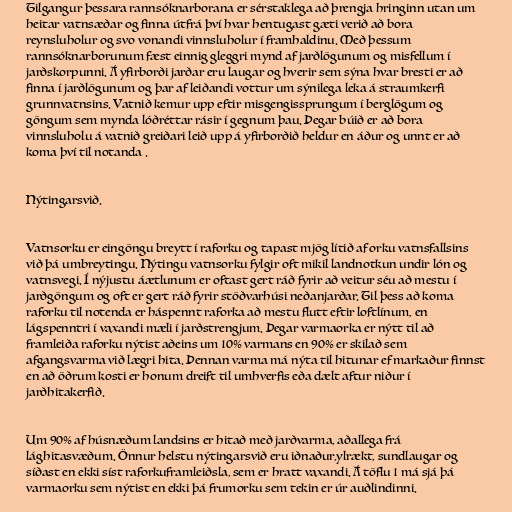
Tilgangur þessara rannsóknarborana er sérstaklega að þrengja hringinn utan um
heitar vatnsæðar og finna útfrá því hvar hentugast gæti verið að bora
reynsluholur og svo vonandi vinnsluholur í framhaldinu. Með þessum
rannsóknarborunum fæst einnig gleggri mynd af jarðlögunum og misfellum í
jarðskorpunni. Á yfirborði jarðar eru laugar og hverir sem sýna hvar bresti er að
finna í jarðlögunum og þar af leiðandi vottur um sýnilega leka á straumkerfi
grunnvatnsins. Vatnið kemur upp eftir misgengissprungum í berglögum og
göngum sem mynda lóðréttar rásir í gegnum þau. Þegar búið er að bora
vinnsluholu á vatnið greiðari leið upp á yfirborðið heldur en áður og unnt er að
koma því til notanda .

Nýtingarsvið.

Vatnsorku er eingöngu breytt í raforku og tapast mjög lítið af orku vatnsfallsins
við þá umbreytingu. Nýtingu vatnsorku fylgir oft mikil landnotkun undir lón og
vatnsvegi. Í nýjustu áætlunum er oftast gert ráð fyrir að veitur séu að mestu í
jarðgöngum og oft er gert ráð fyrir stöðvarhúsi neðanjarðar. Til þess að koma
raforku til notenda er háspennt raforka að mestu flutt eftir loftlínum, en
lágspenntri í vaxandi mæli í jarðstrengjum. Þegar varmaorka er nýtt til að
framleiða raforku nýtist aðeins um 10% varmans en 90% er skilað sem
afgangsvarma við lægri hita. Þennan varma má nýta til hitunar ef markaður finnst
en að öðrum kosti er honum dreift til umhverfis eða dælt aftur niður í
jarðhitakerfið.

Um 90% af húsnæðum landsins er hitað með jarðvarma, aðallega frá
lághitasvæðum. Önnur helstu nýtingarsvið eru iðnaður,ylrækt, sundlaugar og
síðast en ekki síst raforkuframleiðsla, sem er hratt vaxandi. Á töflu 1 má sjá þá
varmaorku sem nýtist en ekki þá frumorku sem tekin er úr auðlindinni.